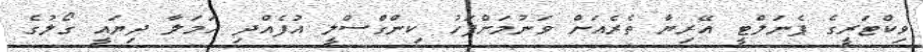
ވިކްޓަރީގެ ޕެނަލްޓީ އޭރިޔާ ތެރެއަށް ވަނުމަށްފަހު ކިންގްސްލީ އުފެއްދި ހަމަލާ ދިޔައީ ގޯލުގެ